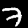
Digit: 7